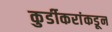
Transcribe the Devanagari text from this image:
कुर्डीकरांकडून